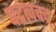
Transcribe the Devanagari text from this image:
घटत्ववद्